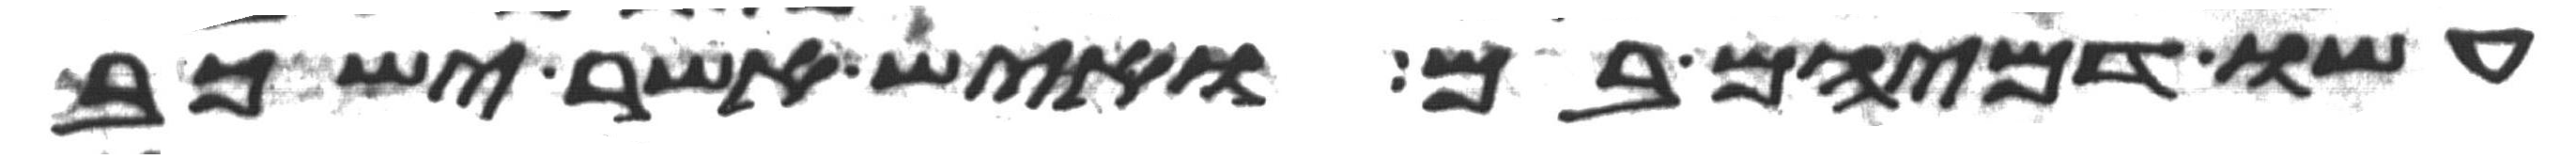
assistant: עשו דמיהם בם ואיש אשר ישכב